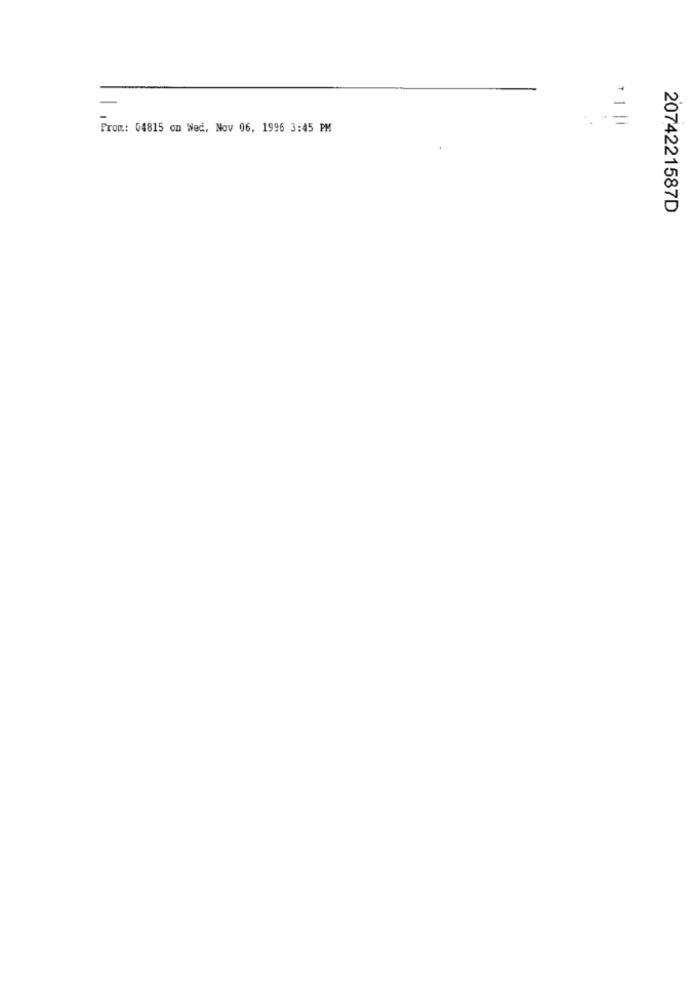
=
Prom: 04815 on Wed, Nov 06, 1996 3:45 PM
2074221587D